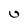
Character: U